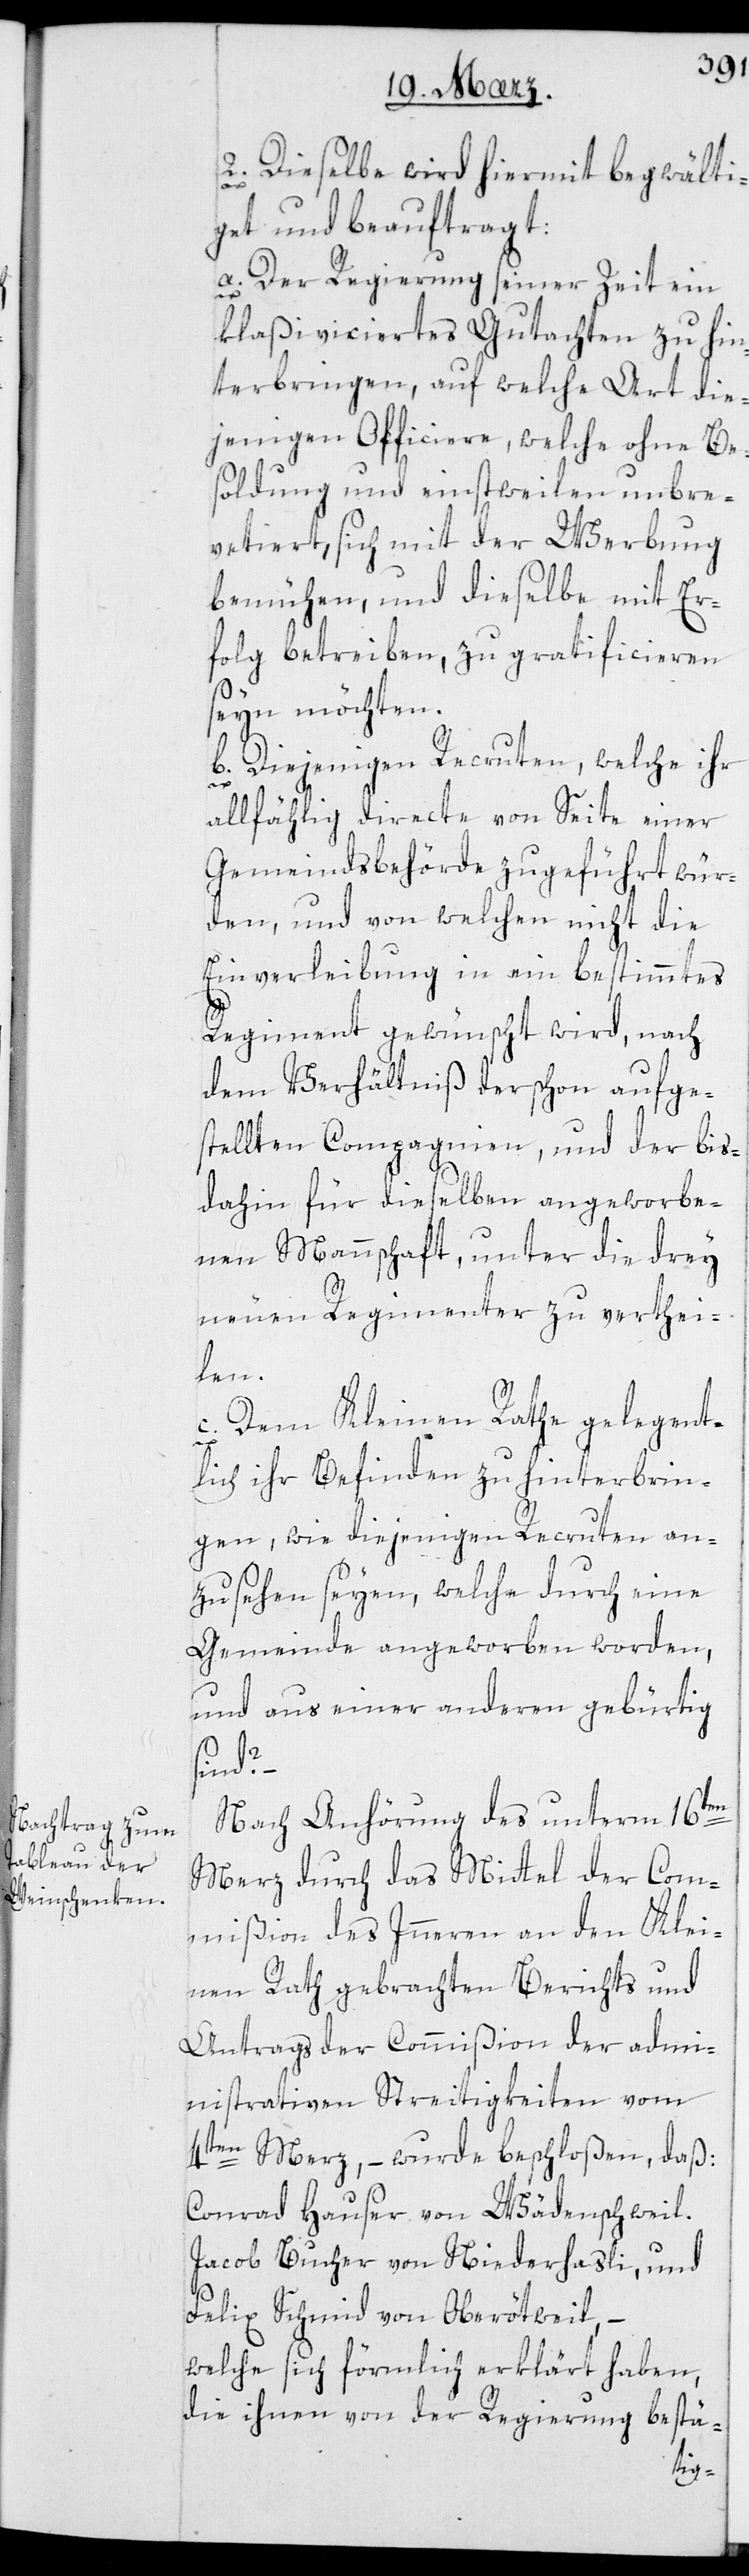
2. Dieselbe wird hiermit begwälti¬
get und beauftragt:
a. Der Regierung seiner Zeit ein
klaßificiertes Gutachten zu hin¬
terbringen, auf welche Art die¬
jenigen Officiere, welche ohne Be¬
soldung und einstweilen unbre¬
vetiert, sich mit der Werbung
bemühen, und dieselbe mit Er¬
folg betreiben, zu gratificieren
sein möchten.
b. Diejenigen Recruten, welche ihr
allfählig directe von Seite einer
Gemeindsbehörde zugeführt wür¬
den, und von welchen nicht die
Einverleibung in ein bestimmtes
Regiment gewünscht wird, nach
dem Verhältniß der schon aufge¬
stellten Compagnien, und der bis
dahin für dieselben angeworbe¬
nen Mannschaft, unter die drey
neuen Regimenter zu verthei¬
len.
c. Dem Kleinen Rathe gelegent¬
lich ihr Befinden zu hinterbrin¬
gen, wie diejenigen Recruten an¬
zusehen seyen, welche durch eine
Gemeinde angeworben worden,
und aus einer anderen gebürtig
sind?
Nach Anhörung des unterm 16ten
Merz durch das Mittel der Com¬
mißion des Innern an den Klei¬
nen Rath gebrachten Berichts und
Antrags der Commißion der admi¬
nistrativen Streitigkeiten vom
4ten Merz, – wurde beschloßen, daß:
Conrad Hauser von Wädenschweil.
Jacob Bucher von Niederhasli, und
Felix Schmid von Ober-Oetwil,
welche sich förmlich erklärt haben,
die ihnen von der Regierung bestä-